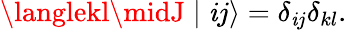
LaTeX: \langlekl\midJ\mid\mathit{i}j\rangle=\delta_{\mathit{i}j}\delta_{kl}.